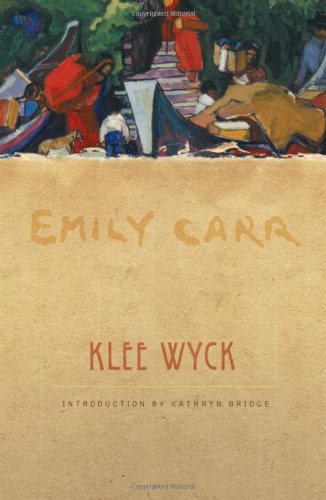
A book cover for Klee Wyck; Emily Carr; Biographies & Memoirs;